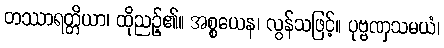
တဿာရတ္တိယာ၊ ထိုညဉ့်၏။ အစ္စယေန၊ လွန်သဖြင့်။ ပုဗ္ဗဏှသမယံ၊